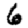
Digit: 6